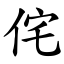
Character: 侘